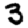
Digit: 3